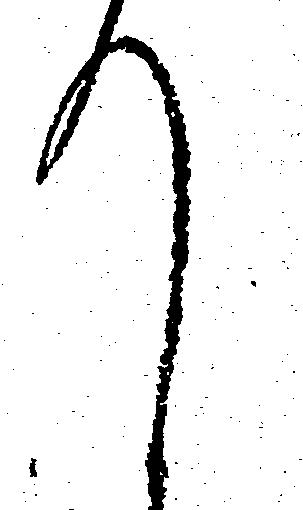
て